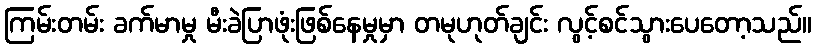
ကြမ်းတမ်း ခက်မာမှု မီးခဲပြာဖုံးဖြစ်နေမှုမှာ တမုဟုတ်ချင်း လွင့်စင်သွားပေတော့သည်။